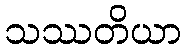
သဿတိယာ